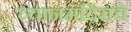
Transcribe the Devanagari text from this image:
ध्यानमंदिराचे